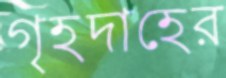
গৃহদাহের